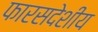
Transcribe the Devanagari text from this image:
फारसदेशीय